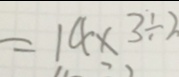
= 1 4 \times 3 \div 2